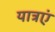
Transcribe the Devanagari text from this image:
यात्रएं